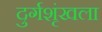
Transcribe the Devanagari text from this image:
दुर्गशृंखला